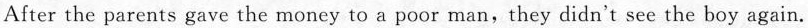
After the parents gave the money to a poor man, they didn't see the boy again.